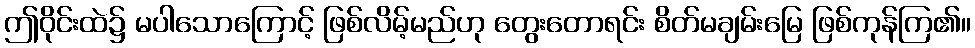
ဤဝိုင်းထဲ၌ မပါသောကြောင့် ဖြစ်လိမ့်မည်ဟု တွေးတောရင်း စိတ်မချမ်းမြေ ဖြစ်ကုန်ကြ၏။